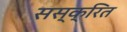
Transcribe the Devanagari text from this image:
सस्क्रित